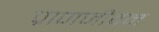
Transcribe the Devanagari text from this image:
प्राणजीवन